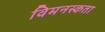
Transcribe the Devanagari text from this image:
विमनस्कता